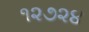
૧૨૭૨૪